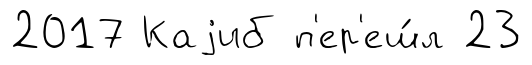
2017 Каjиб п'ер'еш́л 23